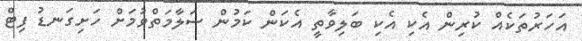
އަހަރުތަކެއް ކުރިން އެކި އެކި ބަލިވާތީ އެކަން ކަމުން ސަލާމަތްވުމަށް ހަށިގަނޑު ފިޓް